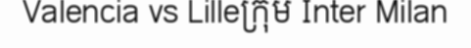
Valencia vs Lilleក្រុម Inter Milan